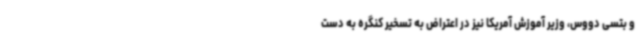
و بتسی دووس، وزیر آموزش آمریکا نیز در اعتراض به تسخیر کنگره به دست